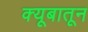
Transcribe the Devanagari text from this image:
क्यूबातून